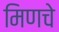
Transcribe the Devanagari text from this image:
मिणचे